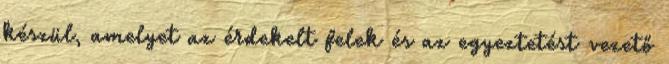
készül, amelyet az érdekelt felek és az egyeztetést vezető